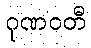
ဂုဏဝတီ